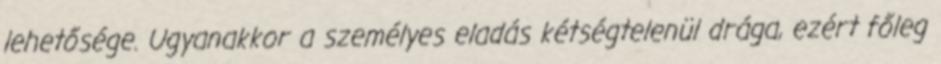
lehetősége. Ugyanakkor a személyes eladás kétségtelenül drága, ezért főleg